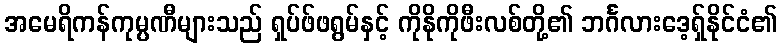
အမေရိကန်ကုမ္ပဏီများသည် ရှပ်ဖ်ဖရွမ်နှင့် ကိုနိုကိုဖီးလစ်တို့၏ ဘင်္ဂလားဒေ့ရှ်နိုင်ငံ၏